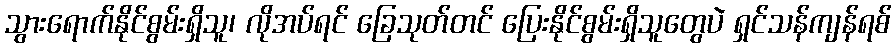
သွားရောက်နိုင်စွမ်းရှိသူ၊ လိုအပ်ရင် ခြေသုတ်တင် ပြေးနိုင်စွမ်းရှိသူတွေပဲ ရှင်သန်ကျန်ရစ်